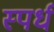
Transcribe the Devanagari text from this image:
स्पर्ध